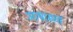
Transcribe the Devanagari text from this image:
आषाढ्या